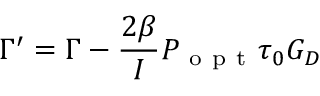
\Gamma ^ { \prime } = \Gamma - \frac { 2 \beta } { I } P _ { \mathrm { ~ o ~ p ~ t ~ } } \tau _ { 0 } G _ { D }